Leaving Certificate Examination, 1904
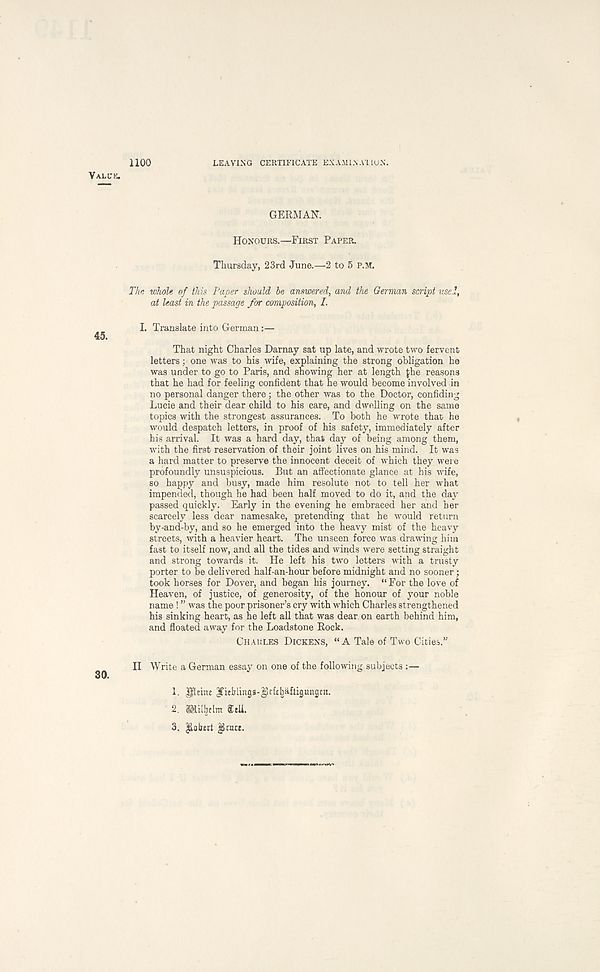
1100
LEAVING CERTIFICATE EXAMINATION.
Value.
GERMAN.
Honours.—First Paper.
Thursday, 23rd June.—2 to 5 P.M.
The whole of this Paper should be answered, and the German script used,
at least in the passage for composition, I.
I. Translate into German:—
That night Charles Darnay sat up late, and wrote two fervent
letters; one was to his wife, explaining the strong obligation he
was under to go to Paris, and showing her at length Jhe reasons
that he had for feeling confident that he would become involved in
no personal danger there; the other was to the Doctor, confiding
Lucie and their dear child to his care, and dwelling on the same
topics with the strongest assurances. To both he wrote that he
would despatch letters, in proof of his safety, immediately after
his arrival. It was a hard day, that day of being among them,
with the first reservation of their joint lives on his mind. It was
a hard matter to preserve the innocent deceit of which they were
profoundly unsuspicious. But an affectionate glance at his wife,
so happy and busy, made him resolute not to tell her what
impended, though he had been half moved to do it, and the day
passed quickly. Early in the evening he embraced her and her
scarcely less dear namesake, pretending that he would return
by-and-by, and so he emerged into the heavy mist of the heavy
streets, with a heavier heart. The unseen force was drawing him
fast to itself now, and all the tides and winds were setting straight
and strong towards it. He left his two letters with a trusty
porter to be delivered half-an-hour before midnight and no sooner;
took horses for Dover, and began his journey. “ For the love of
Heaven, of justice, of generosity, of the honour of your noble
name ! ” was the poor prisoner’s cry with which Charles strengthened
his sinking heart, as he left all that was dear on earth behind him,
and floated away for the Loadstone Rock.
Chaules Dickens, “ A Tale of Two Cities.’' -
II Write a German essay on one of the following subjects :—
30.
1. Peira ITitblmgg-gcfcljafliguitgm.
2. milbdm CtU.
3. $Lobxrt